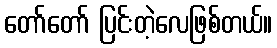
တော်တော် ပြင်းတဲ့လေဖြစ်တယ်။